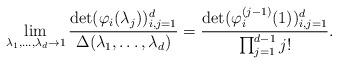
LaTeX: \begin{align*}\lim_{\lambda_1, \ldots, \lambda_d \rightarrow 1}\frac{\det(\varphi_i(\lambda_j))_{i, j = 1}^d}{\Delta(\lambda_1, \ldots, \lambda_d)} = \frac{\det(\varphi_i^{(j-1)}(1))_{i, j = 1}^d}{\prod_{j=1}^{d-1} j!}.\end{align*}